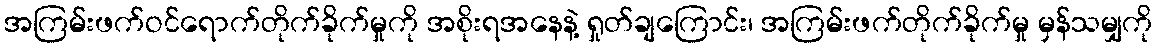
အကြမ်းဖက်ဝင်ရောက်တိုက်ခိုက်မှုကို အစိုးရအနေနဲ့ ရှုတ်ချကြောင်း၊ အကြမ်းဖက်တိုက်ခိုက်မှု မှန်သမျှကို